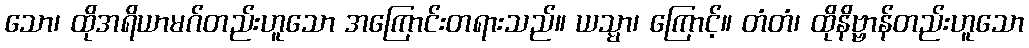
သော၊ ထိုအရိယာမဂ်တည်းဟူသော အကြောင်းတရားသည်။ ယသ္မာ၊ ကြောင့်။ တံတံ၊ ထိုနိဗ္ဗာန်တည်းဟူသော